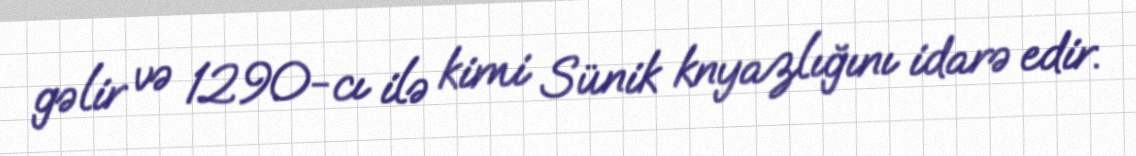
gəlir və 1290-cı ilə kimi Sünik knyazlığını idarə edir.